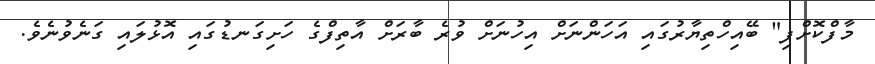
މާފްކޮށްފި" ބޭއިހްތިޔާރުގައި އަހަންނަށް އިހުނަށް ވުރެ ބާރަށް އާތިފްގެ ހަށިގަނޑުގައި އޮޅުލައި ގަނެވުނެވެ.